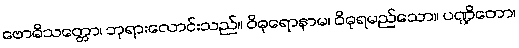
ဗောဓိသတ္တော၊ ဘုရားလောင်းသည်။ ဝိဓုရောနာမ၊ ဝိဓုရမည်သော။ ပဏ္ဍိတော၊